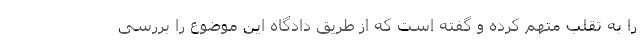
را به تقلب متهم کرده و گفته است که از طریق دادگاه این موضوع را بررسی